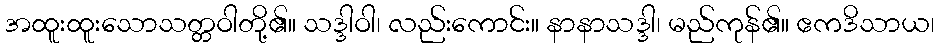
အထူးထူးသောသတ္တဝါတို့၏။ သဒ္ဒါဝါ၊ လည်းကောင်း။ နာနာသဒ္ဒါ၊ မည်ကုန်၏။ ဧကဒိသာယ၊